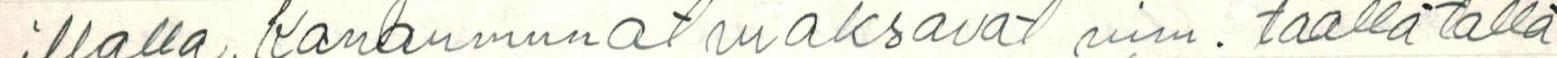
illalla. Kananmunat maksavat nim. täällä tällä